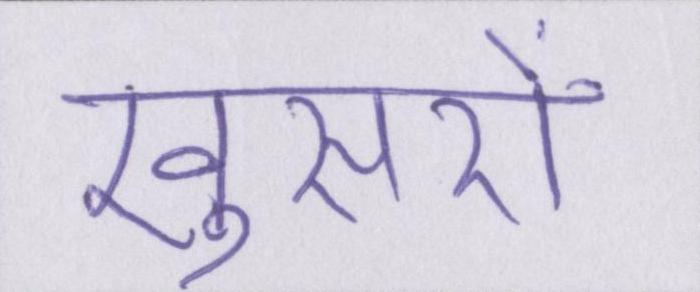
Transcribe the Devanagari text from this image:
खुसरों